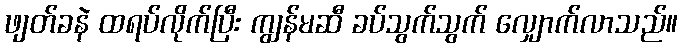
ဖျတ်ခနဲ ထရပ်လိုက်ပြီး ကျွန်မဆီ ခပ်သွက်သွက် လျှောက်လာသည်။